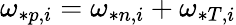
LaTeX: \omega_{*p,i}=\omega_{*n,i}+\omega_{*T,i}